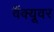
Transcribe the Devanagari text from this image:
वैंक्यूवर